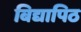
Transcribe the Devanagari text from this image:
बिद्यापिठ